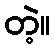
တဲ့။